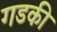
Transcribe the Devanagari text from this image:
गडकी